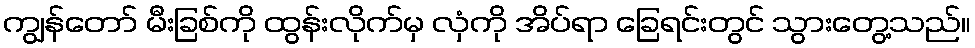
ကျွန်တော် မီးခြစ်ကို ထွန်းလိုက်မှ လှံကို အိပ်ရာ ခြေရင်းတွင် သွားတွေ့သည်။